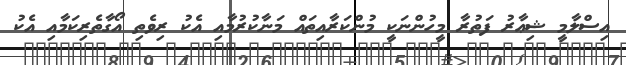
އިސްލާމީ ޝިޢާރު ފަތުރާ މީހުންނަކީ މުންކަރާއިތައް މަނާކުރުމާއި އެކު ރިވެތި އޯގާތެރިކަމާއި އެކު